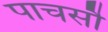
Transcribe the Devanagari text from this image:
पाचसौ